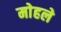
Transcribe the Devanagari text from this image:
माेहले